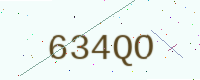
Text: 634QO